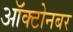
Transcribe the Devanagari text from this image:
ऑक्टोनबर